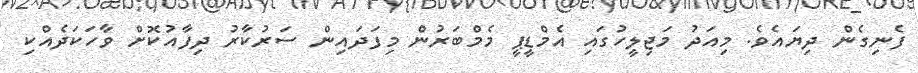
ފެނިގެން ދިޔައެވެ. މިއަދު މަޖިލީހުގައި އެމްޑީޕީ މެމްބަރުން މިފަދައިން ސަރުކާރު ދިފާއުކޮށް ވާހަކަދެއްކި